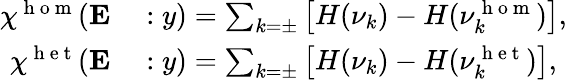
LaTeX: \begin{array}{rl}{\chi^{\mathrm{~h~o~m~}}(\mathbf{E}}&{{}:y)=\sum_{k=\pm}\left[H(\nu_{k})-H(\nu_{k}^{\mathrm{~h~o~m~}})\right],}\\ {\chi^{\mathrm{~h~e~t~}}(\mathbf{E}}&{{}:y)=\sum_{k=\pm}\left[H(\nu_{k})-H(\nu_{k}^{\mathrm{~h~e~t~}})\right],}\end{array}